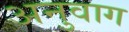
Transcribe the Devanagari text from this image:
अनुवाग